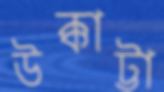
উক্কাট্টা